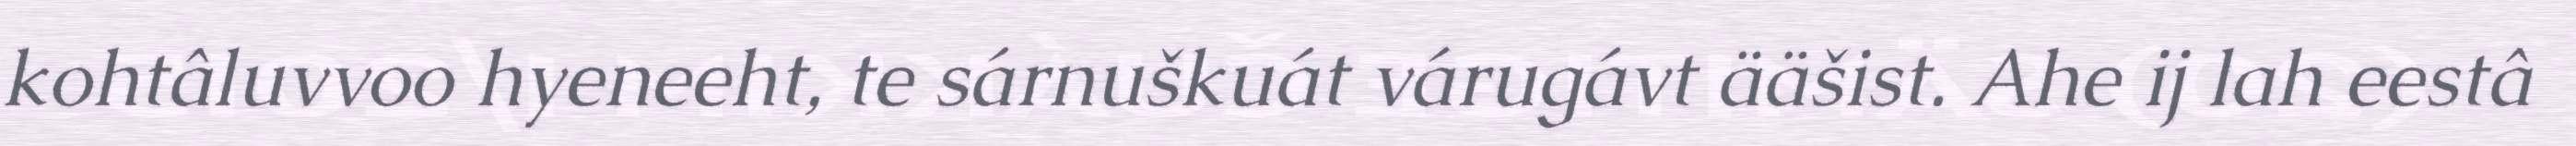
kohtâluvvoo hyeneeht, te sárnuškuát várugávt ääšist. Ahe ij lah eestâ